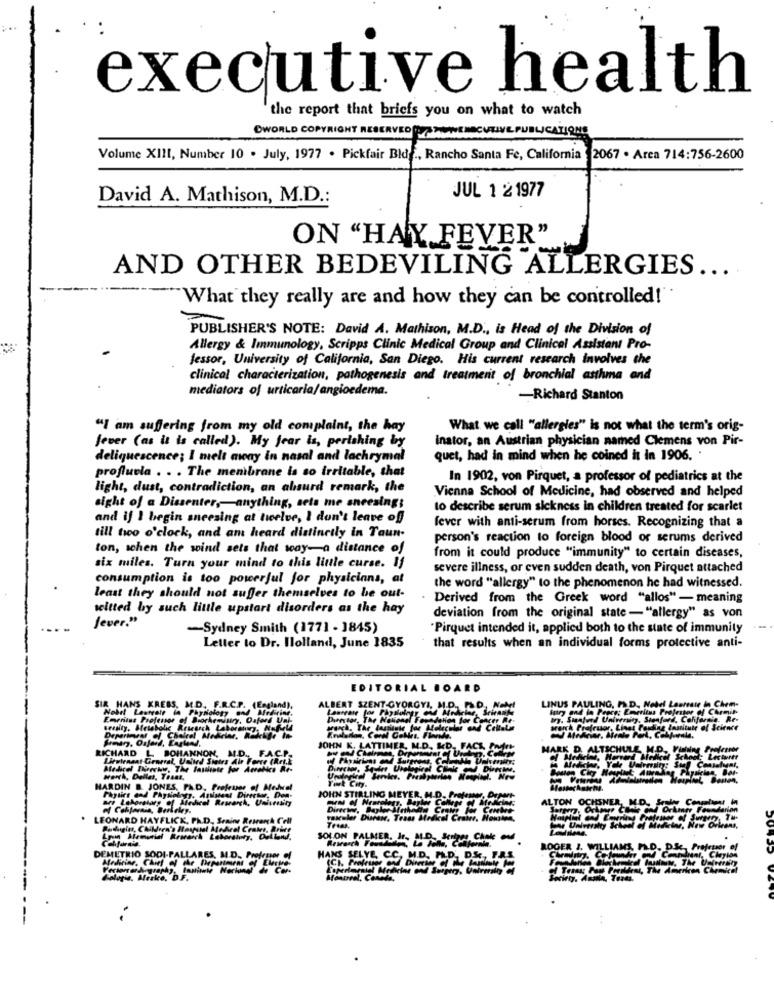
executive health
the report that briefs you on what to watch
CWORLD COPYRIGHT RESERVEDPAS MOWEMSCVIIVE PUBLICATIONS
Volume XIII, Number 10 . July, 1977 . Pickfair Bldg ., Rancho Santa Fe, California 2067 . Area 714:756-2600
David A. Mathison, M.D .:
JUL 1 2 1977
ON "HAY FEVER"
AND OTHER BEDEVILING ALLERGIES ....
"What they really are and how they can be controlled!"
PUBLISHER'S NOTE: David A. Mathison, M.D ., is Head of the Division of
Allergy & Immunology, Scripps Clinic Medical Group and Clinical Assistant Pro-
fessor, University of California, San Diego. His current research involves the
clinical characterization, pathogenesis and treatment of bronchial asthma and
mediators of urticaria/angioedema.
-Richard Stanton
"I am suffering from my old complaint, the hay
What we call "allergies" is not what the term's orig-
Jever (as it is called). My fear is, perishing by
inator, an Austrian physician named Clemens von Pir-
deliquescence; I melt away in nasal and lachrymal
quet, had in mind when he coined it in 1906.
proflucia . . . The menibrane is so irritable, that
In 1902, von Pirquet, a professor of pediatrics at the
light, dust, contradiction, an absurd remark, the
Vienna School of Medicine, had observed and helped
sight of a Dissenter ,- anything, sets me sneesings
to describe serum sickness in children treated for scarlet
and if I begin sneezing at twelve, I don't leave of
fever with anti-serum from horses. Recognizing that a
till two o'clock, and am heard distinctly in Taun.
person's reaction to foreign blood or serums derived
ton, schen the wind sets that way-a distance of
from it could produce "immunity" to certain diseases,
six miles. Turn your mind to this little curse. If
severe illness, or even sudden death, von Pirquet attached
consumption is too powerful for physicians, at
the word "allergy" to the phenomenon he had witnessed.
least they should not suffer themselves to be out-
Derived from the Greek word "allos"- meaning
witted by such little upstart disorders as the hay
deviation from the original state - "allergy" as von
Jever."
-Sydney Smith (1771 - 1845)
Pirquet intended it, applied both to the state of immunity
--
Letter to Dr. Ilolland, June 1835
that results when an individual forms protective anti-
EDITORIAL BOARD
LINUS PAULING, PSD, Nobel Laureate in Chem-
SIR HANS KREBS, M.D. F.R.C.P. (England),
Nobel Laureate in Physiology and Medicine.
ALBERT SZENT GYORGYA. M.D ., PSD, Nebyl
istry and lo Pence; Emeritus Profester of Cormil
Emeritus Professor of Biochemistry, Daford Ual-
Director, The National Foundation for Concer He-
Hry. Suantund University, Stanford, Californie. Re-
seusity, Briebolic Research Labort
Collala
arorch Prefruor, Linet Posing Institute of Science
Departner of Chalcel Mehrine, R
RICHARD L. BOHANNON, M.D ., F.A.C.P.
JOHN K. LATTIMER, M.D. KD. FACT, Pont
MARK D. ALTSCHULE M.D. Visiting Professor
Lieutenant General, United States Air Force (Ret.E.
HerrA, Dallas, Toast,
HARDIN B. JONES, PAD, Prefeune of Medwel
are Laboratory of Medical Research, University
Physics and Physiology, Anisent Director. Dom-
JOHN STIRLING MEYER. H.D ., Professor, Drper-
ALTON OCHSNER, M.D. Sealer Congaliant In
Of California, Berkeley,
Farlion
LEONARD HAYFLICK, Ph.D. Srain Retrench Cell
vascular Disease, Trass Medical Croire, Nousten,
Treas.
Lyon Memorial Research Laboratory, Dulland.
SOLON PALMER, Jr ., M.D. Scripps, Chok Ou
ROGER J. WILLIAMS, FL.D. D.Sz Professor of
DEMETRIO SODI-PALLARES, M.D. Professor of
Medicine, Chief of the Department of Elerte-
HANS SELYE SOBRE EL
of Teaon Part Perildest, The American Chemical
Gologie. Mrske, D.F.
Montreal, Canada.